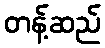
တန့်ဆည်